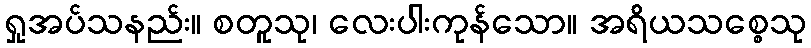
ရှုအပ်သနည်း။ စတူသု၊ လေးပါးကုန်သော။ အရိယသစ္စေသု